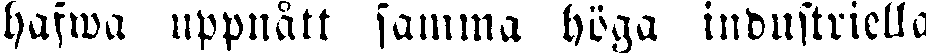
hafwa uppnått samma höga industriella